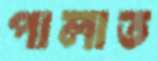
পালাত